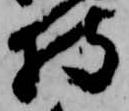
持